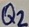
Text: Q2